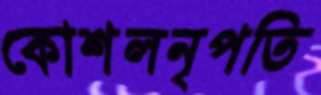
কোশলনৃপতি